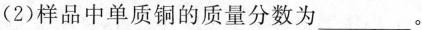
(2)样品中单质铜的质量分数为___。